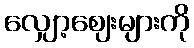
လျှော့ဈေးများကို